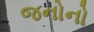
જનોનો